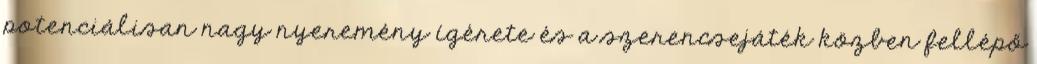
potenciálisan nagy nyeremény ígérete és a szerencsejáték közben fellépő